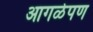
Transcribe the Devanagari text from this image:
आगळेपण